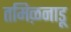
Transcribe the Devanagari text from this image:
तमिऴनाडू